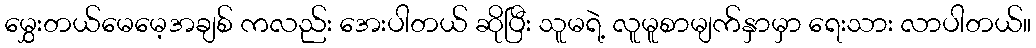
မွှေးတယ်မေမေ့အချစ် ကလည်း အေးပါတယ် ဆိုပြီး သူမရဲ့ လူမူစာမျက်နှာမှာ ရေးသား လာပါတယ်။